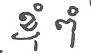
ខ្ញុំ ពុំ